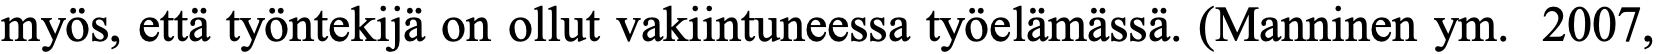
myös, että työntekijä on ollut vakiintuneessa työelämässä. (Manninen ym. 2007,